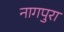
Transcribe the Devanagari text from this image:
नागपुरा